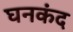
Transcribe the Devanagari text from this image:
घनकंद